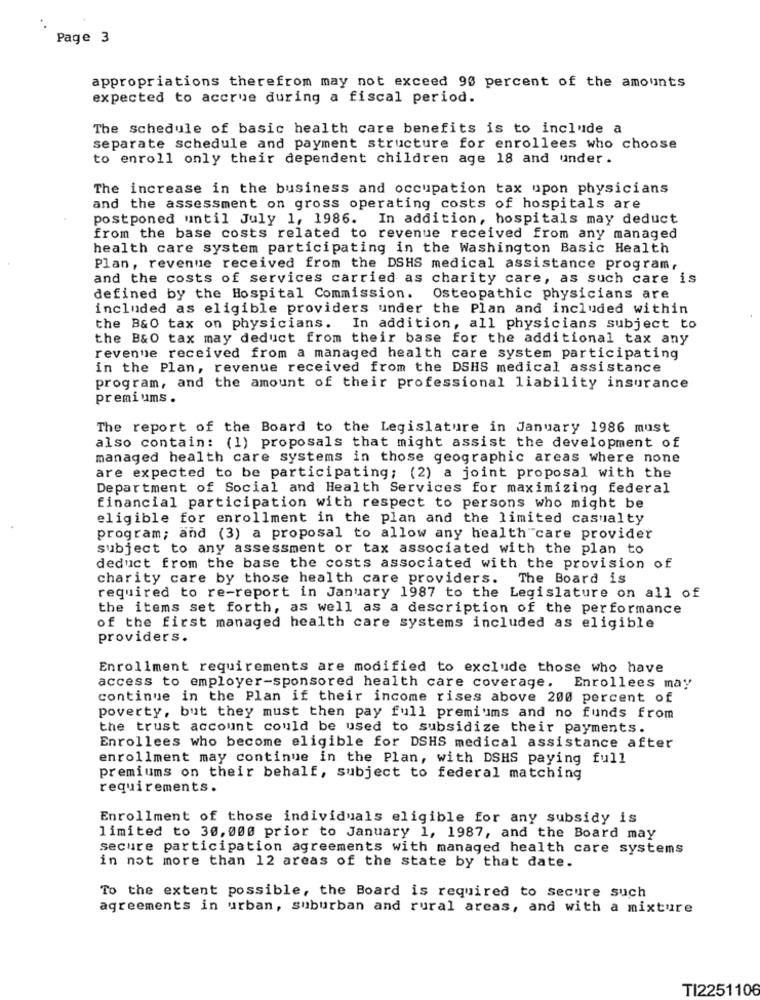
Page 3
appropriations therefrom may not exceed 90 percent of the amounts
expected to accrue during a fiscal period.
The schedule of basic health care benefits is to include a
separate schedule and payment structure for enrollees who choose
to enroll only their dependent children age 18 and under.
The increase in the business and occupation tax upon physicians
and the assessment on gross operating costs of hospitals are
postponed until July 1, 1986. In addition, hospitals may deduct
from the base costs related to revenue received from any managed
health care system participating in the Washington Basic Health
Plan, revenue received from the DSHS medical assistance program,
and the costs of services carried as charity care, as such care is
defined by the Hospital Commission. Osteopathic physicians are
included as eligible providers under the Plan and included within
the B&O tax on physicians. In addition, all physicians subject to
the B&O tax may deduct from their base for the additional tax any
revenue received from a managed health care system participating
in the Plan, revenue received from the DSHS medical assistance
program, and the amount of their professional liability insurance
premiums .
The report of the Board to the Legislature in January 1986 must
also contain: (1) proposals that might assist the development of
managed health care systems in those geographic areas where none
are expected to be participating; (2) a joint proposal with the
Department of Social and Health Services for maximizing federal
financial participation with respect to persons who might be
eligible for enrollment in the plan and the limited casualty
program; and (3) a proposal to allow any health care provider
subject to any assessment or tax associated with the plan to
deduct from the base the costs associated with the provision of
charity care by those health care providers. The Board is
required to re-report in January 1987 to the Legislature on all of
the items set forth, as well as a description of the performance
of the first managed health care systems included as eligible
providers.
Enrollment requirements are modified to exclude those who have
access to employer-sponsored health care coverage.
Enrollees may
continue in the Plan if their income rises above 200 percent of
poverty, but they must then pay full premiums and no funds from
the trust account could be used to subsidize their payments.
Enrollees who become eligible for DSHS medical assistance after
enrollment may continue in the Plan, with DSHS paying full
premiums on their behalf, subject to federal matching
requirements.
Enrollment of those individuals eligible for any subsidy is
limited to 30, 000 prior to January 1, 1987, and the Board may
secure participation agreements with managed health care systems
in not more than 12 areas of the state by that date.
To the extent possible, the Board is required to secure such
agreements in urban, suburban and rural areas, and with a mixture
TI2251106